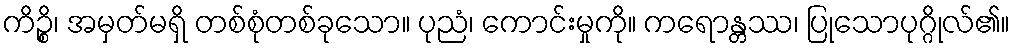
ကိဉ္စိ၊ အမှတ်မရှိ တစ်စုံတစ်ခုသော။ ပုညံ၊ ကောင်းမှုကို။ ကရောန္တဿ၊ ပြုသောပုဂ္ဂိုလ်၏။